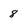
Character: 8